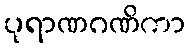
ပုရာဏဂဏိကာ